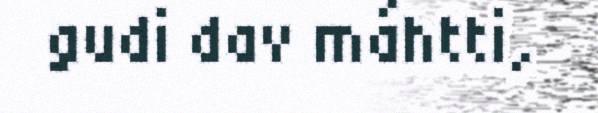
gudi dav máhtti,